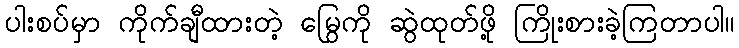
ပါးစပ်မှာ ကိုက်ချီထားတဲ့ မြွေကို ဆွဲထုတ်ဖို့ ကြိုးစားခဲ့ကြတာပါ။